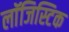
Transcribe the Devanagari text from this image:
लाॅजिस्टिक